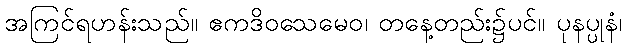
အကြင်ရဟန်းသည်။ ဧကဒိဝသေမေဝ၊ တနေ့တည်း၌ပင်။ ပုနပ္ပုနံ၊